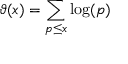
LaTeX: \vartheta ( x ) = \sum _ { p \leq x } { \log ( p ) }